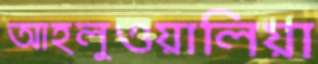
আহলুওয়ালিয়া